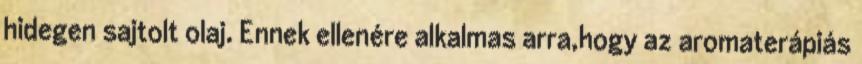
hidegen sajtolt olaj. Ennek ellenére alkalmas arra,hogy az aromaterápiás